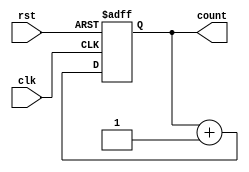
module async_reset_sync_counter #(
    parameter N = 4  // Parameter to set the number of bits for the counter
)(
    input wire clk,     // Clock input
    input wire rst,     // Asynchronous reset input
    output reg [N-1:0] count // N-bit counter output
);

// Always block for asynchronous reset
always @(posedge clk or posedge rst) begin
    if (rst) begin
        count <= {N{1'b0}}; // Reset counter to 0
    end else begin
        count <= count + 1; // Increment counter on clock rising edge
    end
end

endmodule